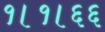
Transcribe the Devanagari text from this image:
१।१।६६